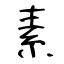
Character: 素